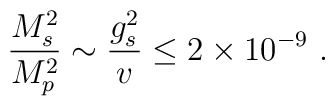
{M_s^2\over M_p^2} \sim {g_s^2\over v} \leq 2\times 10^{-9} \ .